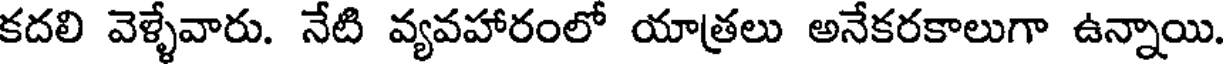
కదలి వెళ్ళేవారు. నేటి వ్యవహారంలో యాత్రలు అనేకరకాలుగా ఉన్నాయి.